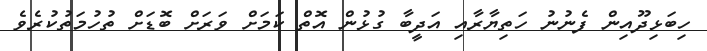
ހިބަޅިދޫއިން ފެނުނު ހަތިޔާރާއި އަދީބާ ގުޅުން އޮތް ކަމަށް ވަރަށް ބޮޑަށް ތުހުމަތުކުރެވެ